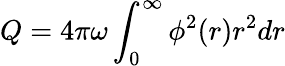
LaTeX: Q=4\pi\omega\int_{0}^{\infty}\phi^{2}(r)r^{2}dr